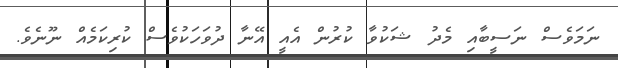
ނަމަވެސް ނަސީބާއި މެދު ޝަކުވާ ކުރުން އެއީ އޭނާ ދުވަހަކުވެސް ކުރިކަމެއް ނޫނެވެ.